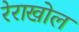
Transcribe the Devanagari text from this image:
रेराखोल